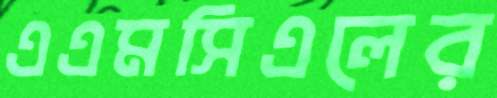
এএমসিএলের